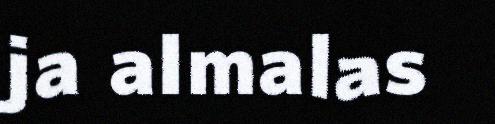
ja almalas